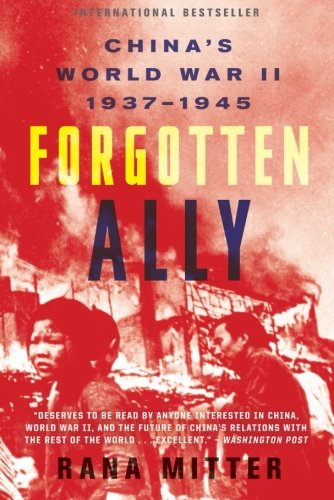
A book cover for Forgotten Ally: China's World War II, 1937-1945; Rana Mitter; History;